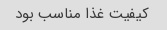
کیفیت غذا مناسب بود